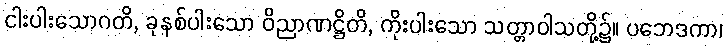
ငါးပါးသောဂတိ, ခုနစ်ပါးသော ဝိညာဏဋ္ဌိတိ, ကိုးပါးသော သတ္တာဝါသတို့၌။ ပဘေဒကာ၊